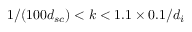
1 / ( 1 0 0 d _ { s c } ) < k < 1 . 1 \times 0 . 1 / d _ { i }